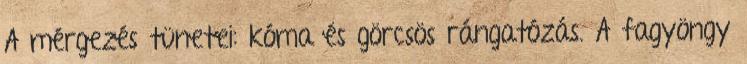
A mérgezés tünetei: kóma és görcsös rángatózás. A fagyöngy